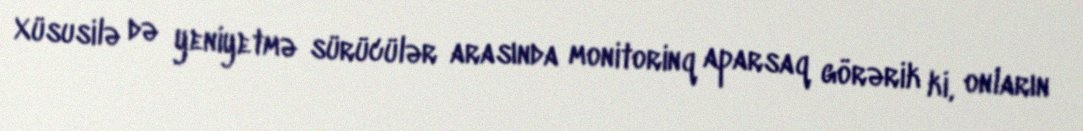
Xüsusilə də yeniyetmə sürücülər arasında monitorinq aparsaq görərik ki, onların